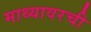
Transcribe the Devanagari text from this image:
माथ्यावरची